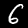
Digit: 6